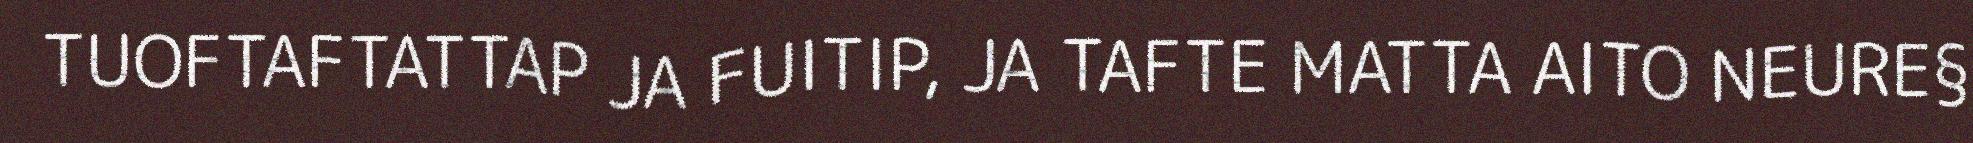
TUOFTAFTATTAP JA FUITIP, JA TAFTE MATTA AITO NEURE§